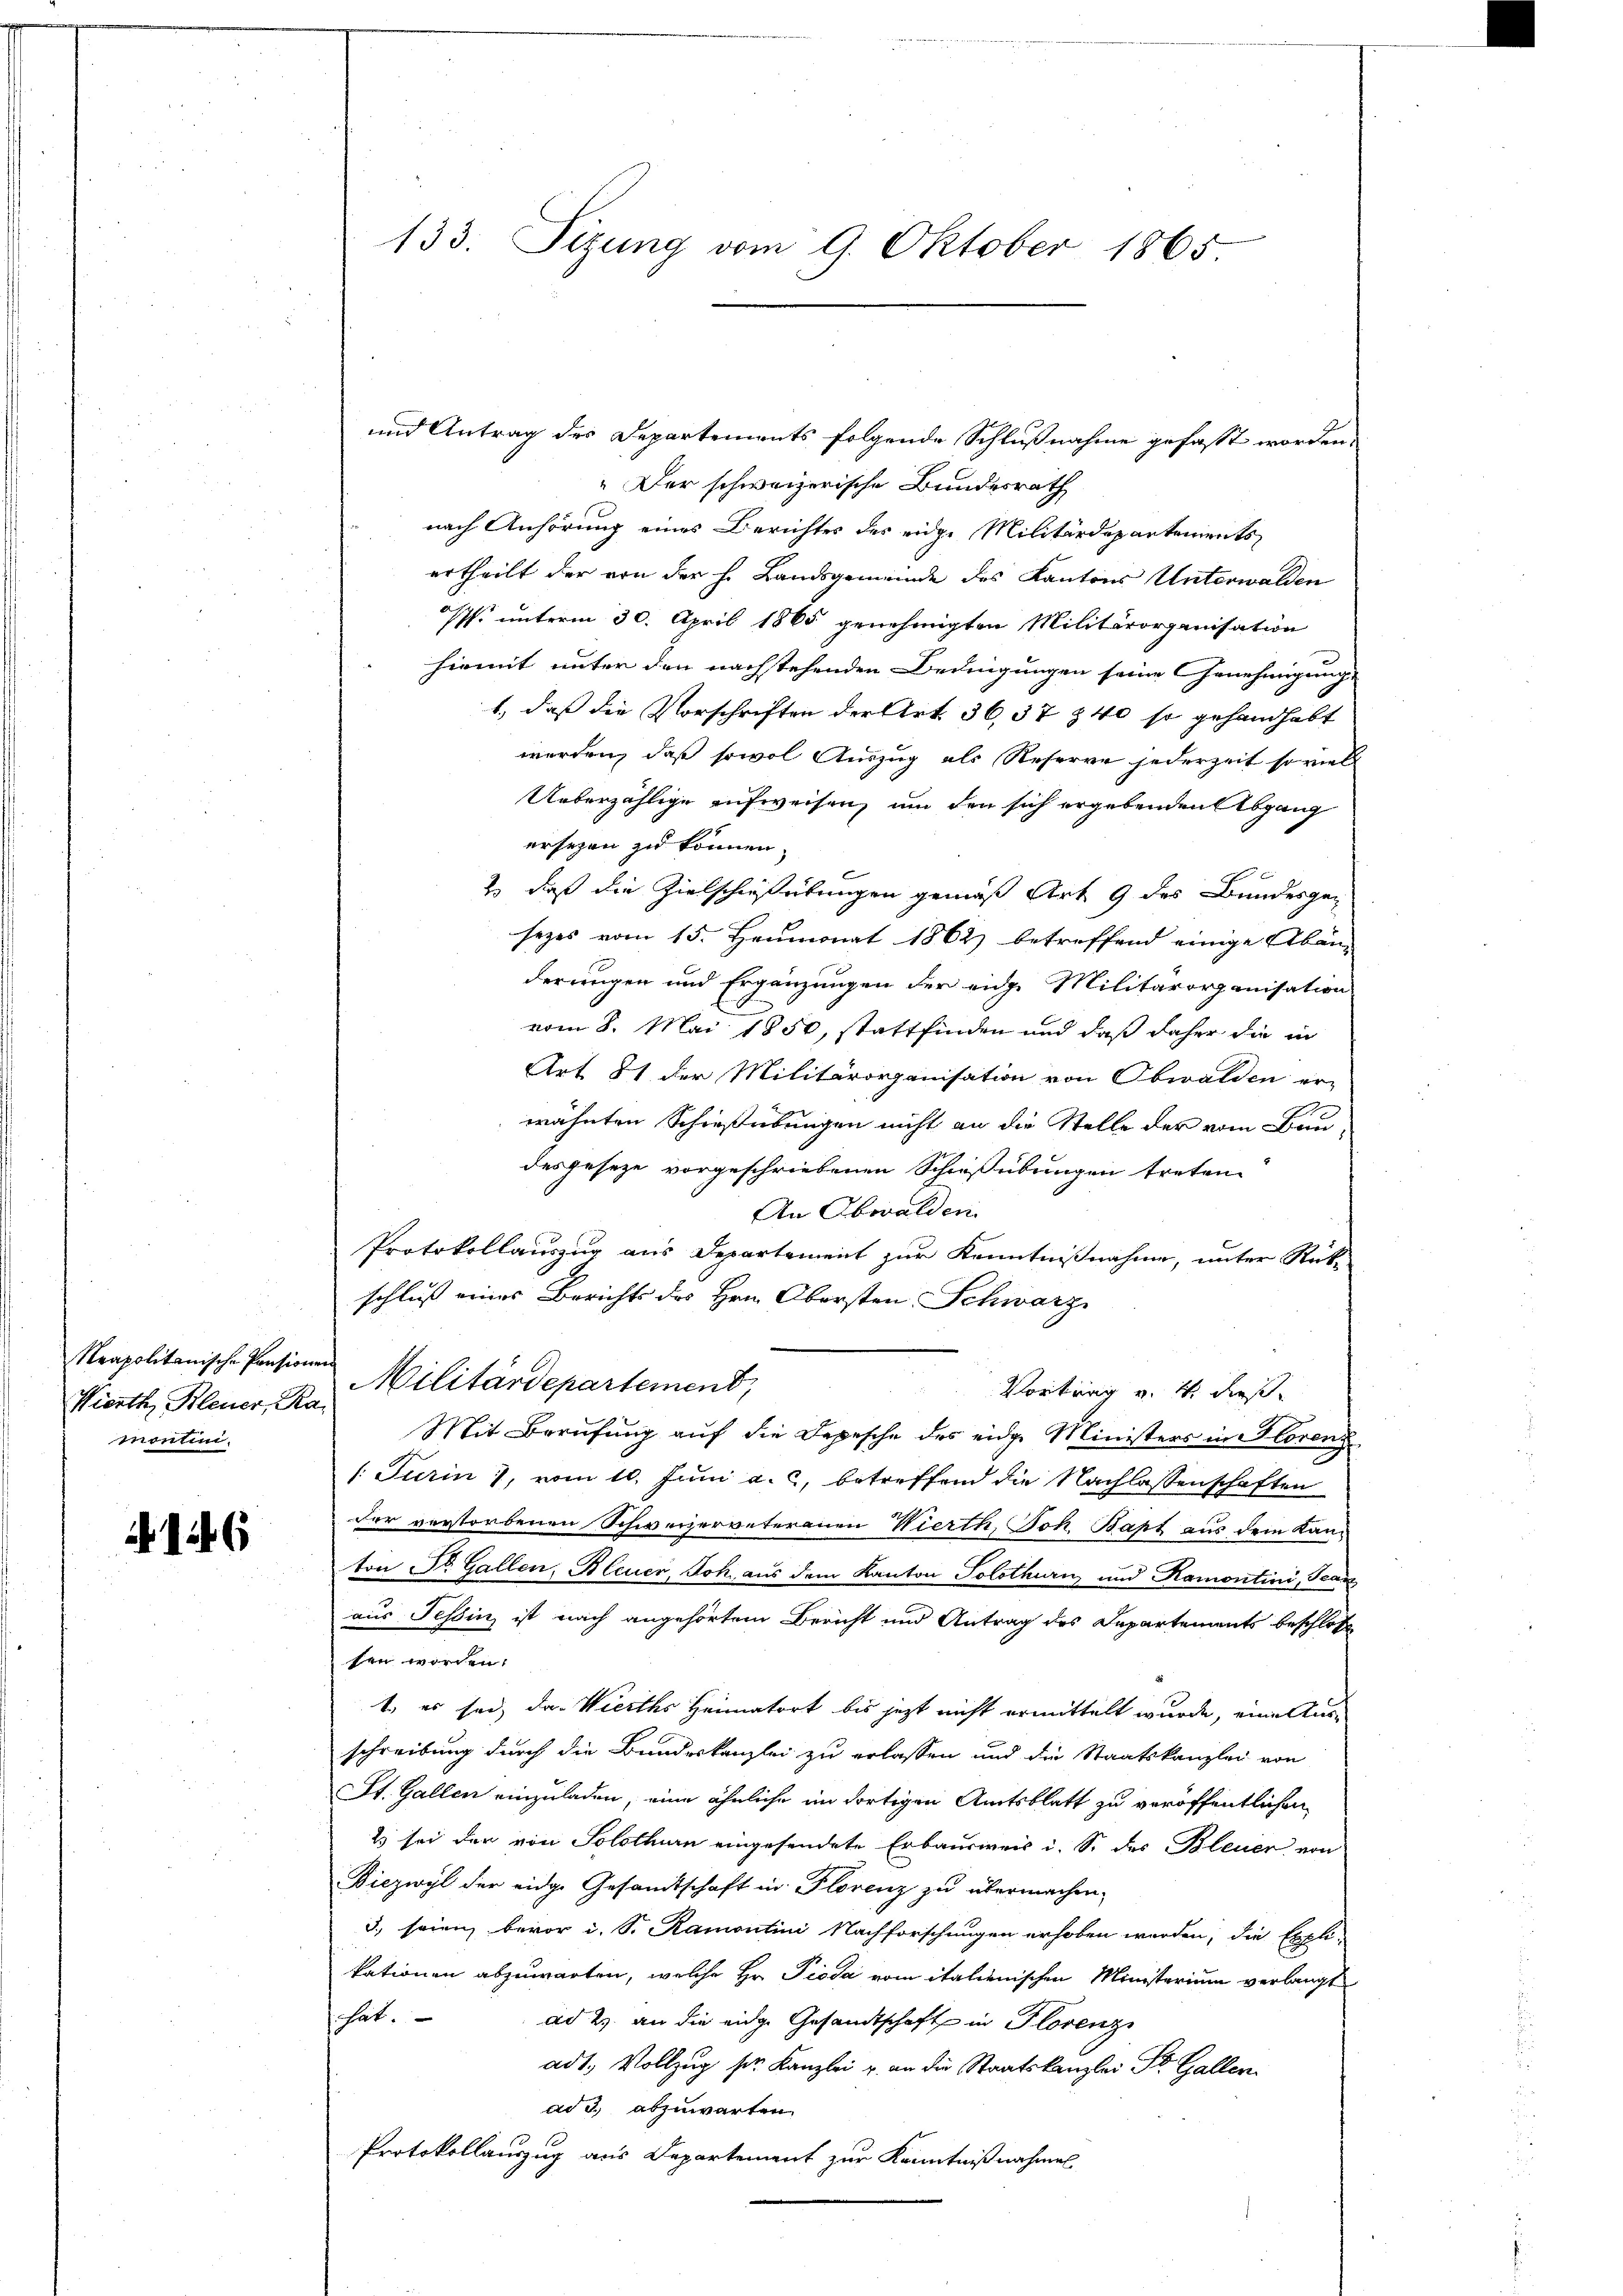
Reapolitanische Pensionen
Wierth, Bleuer, Ra
monten.

16

133. Sizung vom 9. Oktober 1865.

und Antrag des Departements folgende Schlußnahme gefasst worden.
" Der schweizerische Bundesrath
nach Anhörung eines Berichtes des eidge Militärdepartements
ertheilt der von der h. Landsgemeinde des Kantons Unterwalden
spf. unterm 30. April 1865 genehmigten Militärorganisation
hiemit unter den nachstehenden Bedingungen seine Genehmigung
1., daß die Vorschriften der Art. 36, 37 § 40 so gehandhabt
werden, daß sowol Auszug als Reserve jederzeit so viel
Ueberzählige aufweisen, um den sich ergebenden Abgang
ersehen zu können.
d
2) daß die Zielschießübungen gemäß Art. 9 des Bundesgesezes vom 15. Heumonat 1862 betreffend einige Abänderungen und Ergänzungen der eidg. Militärorganisation
vom 8. Mai 1850, stattfinden und daß daher die in
Art. 81 der Militärorganisation von Obwalden er-
wähnten Schießübungen nicht an die Stelle der vom Baudesgeseze vorgeschriebenen Schießübungen treten.
An Obwalden.
Protokollauszug aus Departement zur Kenntnißnahme, unter Rück-
schluß eines Berichts des Hrn. Obersten Schwarz
Militärdepartement,
Vortrag v. 4. dies
Mit Berufung auf die Depesche des eidge Ministers in Florenz
1: Turin), vom 10. Juni a. c. betreffend die Nachlassenschaften
der verstorbenen Schweizerveteranen Wierth, Joh. Bast aus dem Kanton Dr. Gallen, Bleuer, Joh. aus dem Kanton Solothurn und Ramontini, Tearz
aus Tessin, ist nach angehörtem Bericht und Antrag des Departements beschlos
sen worden.
1., es sei, das Wirths Heimatort bis jetzt nicht ermittelt wurde, eine Ausschreibung durch die Bundeskanzlei zu erlassen und die Staatskanzlei von
St. Gallen einzuladen, eine ähnliche im dortigen Amtsblatt zu veröffentlichen
Es sei der von Solothurn eingesendete Erbausweis i. S. des Bleuer von
Diezwyl der eidge Gesamtschaft in Florenz zu übermachen.
3) seien bevor i. S. Ramontini Nachforschungen erhoben werden, die Expli-
kationen abzuwarten, welche Hr. Pioda vom italienischen Ministerium verlangt
hat.
ad 2. an die eidge Gesandtschaft in Florenz
adt, Vollzug sie Kanzlei u. an die Staatskanzlei St. Gallen
ad 3., abzuwarten.
Protokollauszug aus Departement zur Kenntnißnahmen